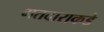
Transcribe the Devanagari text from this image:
मतदाराकडे